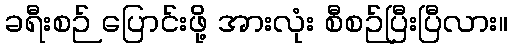
ခရီးစဉ် ပြောင်းဖို့ အားလုံး စီစဉ်ပြီးပြီလား။